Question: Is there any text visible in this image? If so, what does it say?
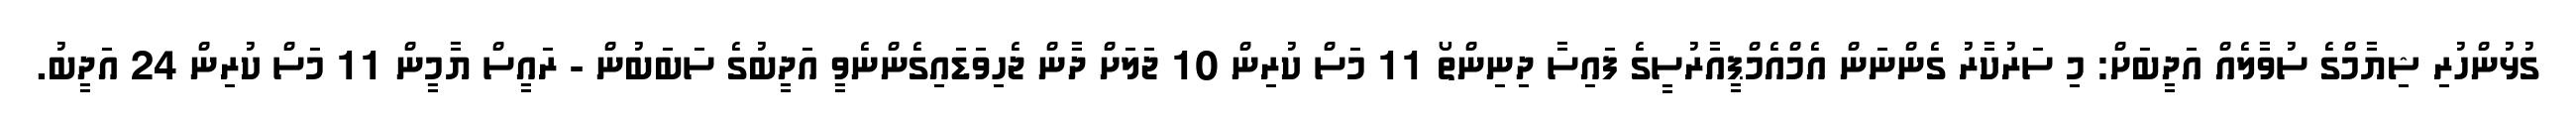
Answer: ގުޅުންހުރި ޝިޔާމްގެ ސުވާލެއް އަދީބަށް: މި ސަރުކާރު ގެންނަން އެމްއެމްޕީއާރުސީގެ ފައިސާ ދިނިންތޯ 11 މަސް ކުރިން 10 ޖަލަށް ދާން ޖެހިވަޑައިގެންނެވީ އަދީބުގެ ސަބަބުން - ރައީސް ޔާމީން 11 މަސް ކުރިން 24 އަދީބު.